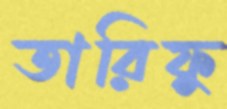
তারিফু